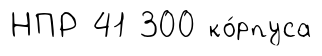
НПР 41 300 ко́рпуса